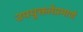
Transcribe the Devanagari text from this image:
उपयुक्ततेप्रमाणे